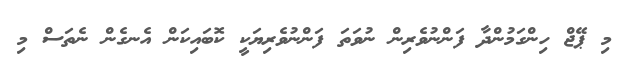
މި ޕޭޖް ހިންގަމުންދާ ފަންނުވެރިން ނުވަތަ ފަންނުވެރިޔަކީ ކޮބައިކަން އެނގެން ނެތަސް މި